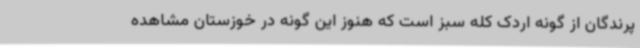
پرندگان از گونه اردک کله سبز است که هنوز این گونه در خوزستان مشاهده